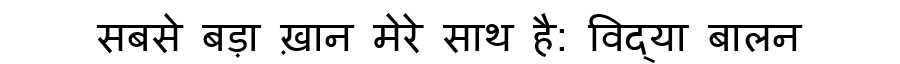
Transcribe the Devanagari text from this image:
सबसे बड़ा ख़ान मेरे साथ है: विद्या बालन